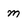
Character: m